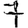
Digit: 7